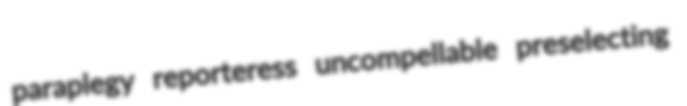
paraplegy reporteress uncompellable preselecting